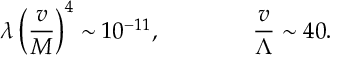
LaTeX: \lambda \left( \frac { v } { M } \right) ^ { 4 } \sim 1 0 ^ { - 1 1 } , \qquad \qquad \frac { v } { \Lambda } \sim 4 0 .